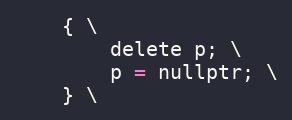
Language: C
    { \
        delete p; \
        p = nullptr; \
    } \